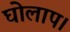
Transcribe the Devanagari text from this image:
घोलाप।